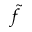
\tilde { f }